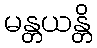
မန္တယန္တိ